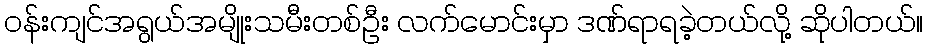
ဝန်းကျင်အရွယ်အမျိုးသမီးတစ်ဦး လက်မောင်းမှာ ဒဏ်ရာရခဲ့တယ်လို့ ဆိုပါတယ်။